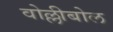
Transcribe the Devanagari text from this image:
वोल्लीबोल